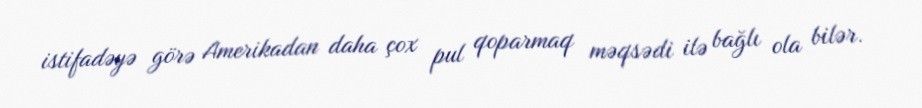
istifadəyə görə Amerikadan daha çox pul qoparmaq məqsədi ilə bağlı ola bilər.